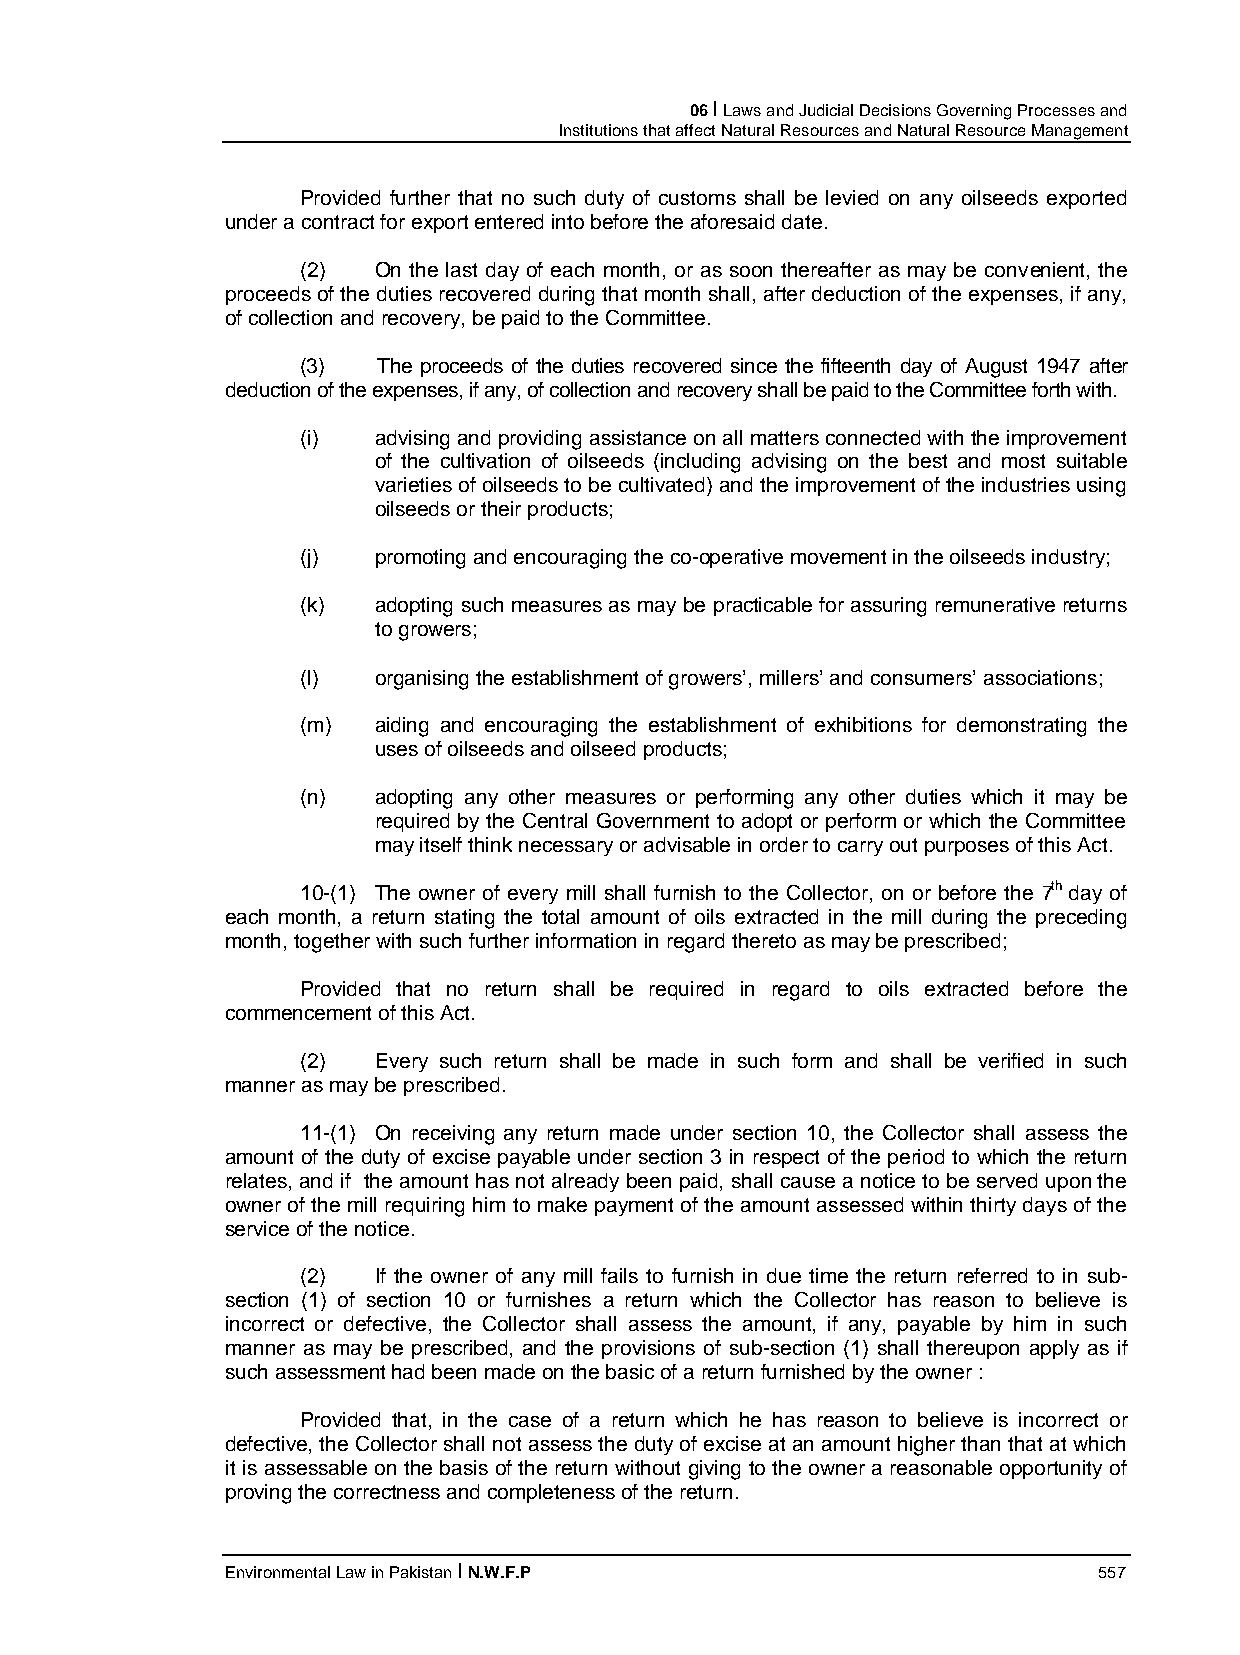
06 I Laws and Judicial Decisions Governing Processes and
 Institutions that affect Natural Resources and Natural Resource Management
 Provided further that no such duty of customs shall be levied on any oilseeds exported
 under a contract for export entered into before the aforesaid date.
 (2)  On the last day of each month, or as soon thereafter as may be convenient, the
 proceeds of the duties recovered during that month shall, after deduction of the expenses, if any,
 of collection and recovery, be paid to the Committee.
 (3)  The proceeds of the duties recovered since the fifteenth day of August 1947 after
 deduction of the expenses, if any, of collection and recovery shall be paid to the Committee forth with.
 (i)  advising and providing assistance on all matters connected with the improvement
 of the cultivation of oilseeds (including advising on the best and most suitable
 varieties of oilseeds to be cultivated) and the improvement of the industries using
 oilseeds or their products;
 (j)  promoting and encouraging the co-operative movement in the oilseeds industry;
 (k)  adopting such measures as may be practicable for assuring remunerative returns
 to growers;
 (l)  organising the establishment of growers’, millers’ and consumers’ associations;
 (m)  aiding and encouraging the establishment of exhibitions for demonstrating the
 uses of oilseeds and oilseed products;
 (n)  adopting any other measures or performing any other duties which it may be
 required by the Central Government to adopt or perform or which the Committee
 may itself think necessary or advisable in order to carry out purposes of this Act.
 10-(1) The owner of every mill shall furnish to the Collector, on or before the 7th day of
 each month, a return stating the total amount of oils extracted in the mill during the preceding
 month, together with such further information in regard thereto as may be prescribed;
 Provided that no return shall be required in regard to oils extracted before the
 commencement of this Act.
 (2)  Every such return shall be made in such form and shall be verified in such
 manner as may be prescribed.
 11-(1) On receiving any return made under section 10, the Collector shall assess the
 amount of the duty of excise payable under section 3 in respect of the period to which the return
 relates, and if the amount has not already been paid, shall cause a notice to be served upon the
 owner of the mill requiring him to make payment of the amount assessed within thirty days of the
 service of the notice.
 (2)  If the owner of any mill fails to furnish in due time the return referred to in sub-
 section (1) of section 10 or furnishes a return which the Collector has reason to believe is
 incorrect or defective, the Collector shall assess the amount, if any, payable by him in such
 manner as may be prescribed, and the provisions of sub-section (1) shall thereupon apply as if
 such assessment had been made on the basic of a return furnished by the owner :
 Provided that, in the case of a return which he has reason to believe is incorrect or
 defective, the Collector shall not assess the duty of excise at an amount higher than that at which
 it is assessable on the basis of the return without giving to the owner a reasonable opportunity of
 proving the correctness and completeness of the return.
 Environmental Law in Pakistan I N.W.F.P                   557